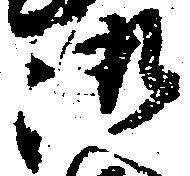
趣